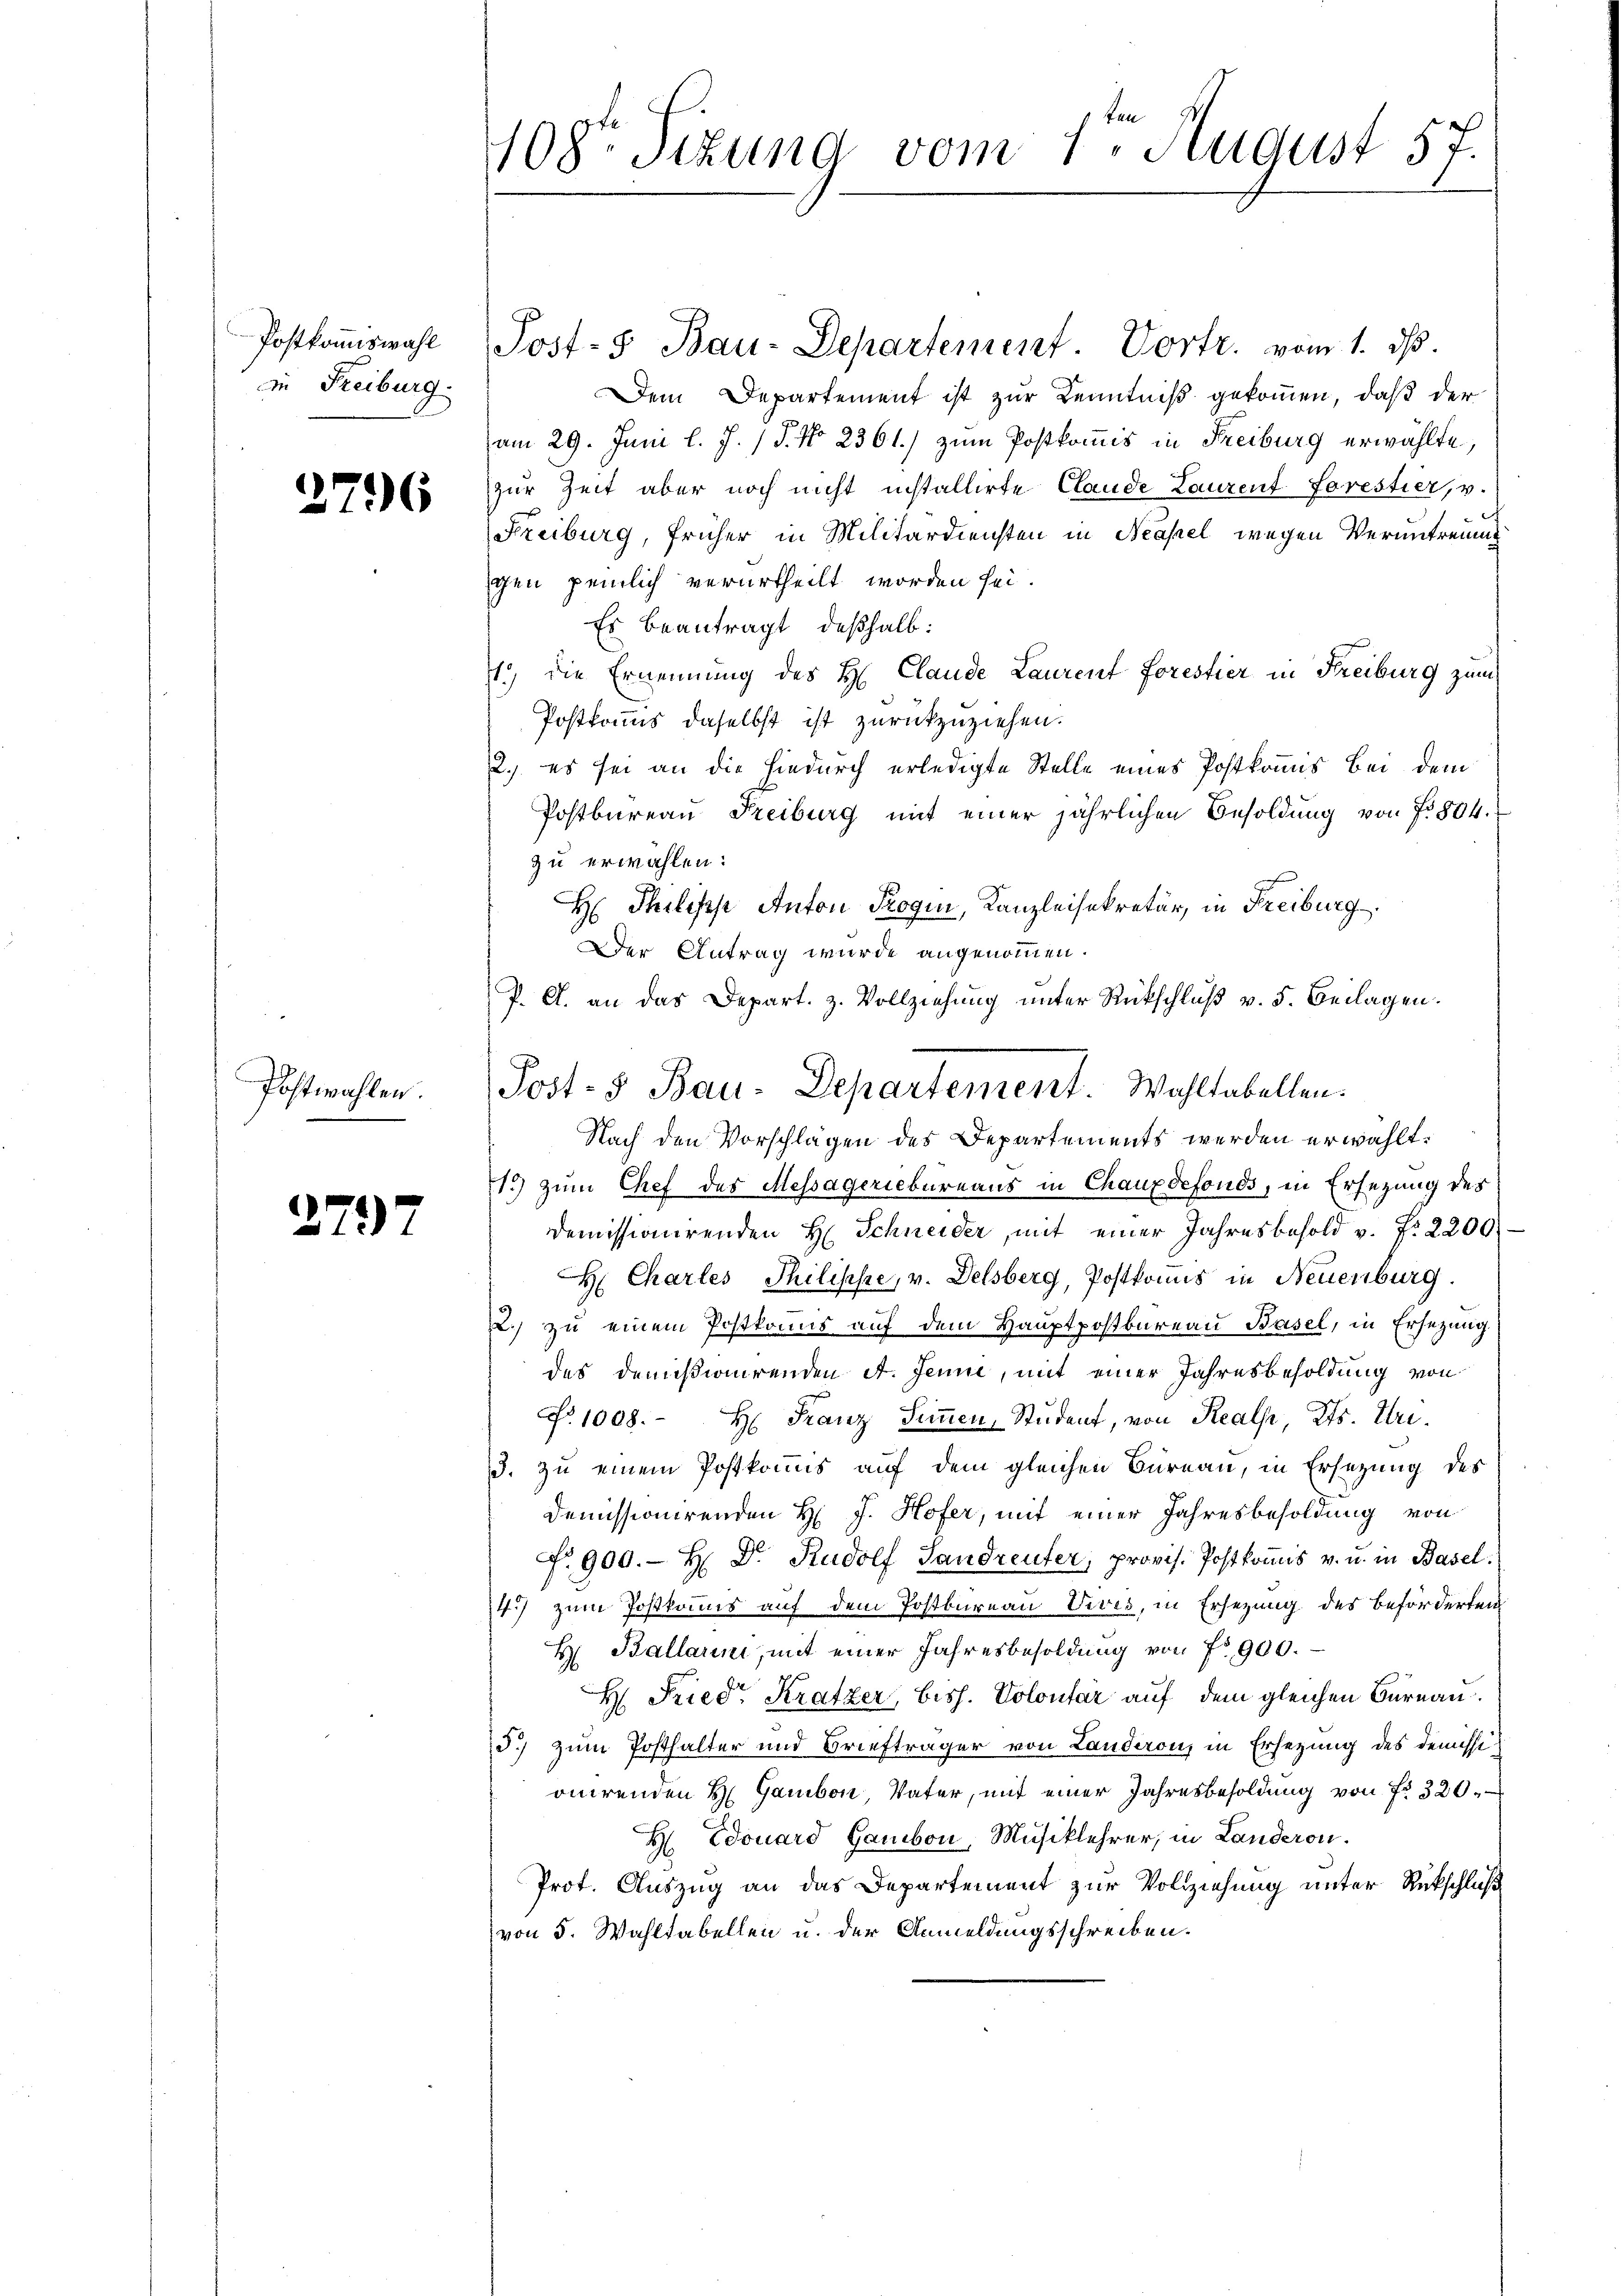
Postkommiswahl
in Freiburg.

2796

Postwahlen.

2797

108te Sizung vom 1. August 57.

Post- Bau-Departement. Vortr. vom 1. ds.
Dem Departement ist zur Kenntniß gekommen, daß der
am 29. Juni l. J. / 5. No 2361.) zum Postkommis in Freiburg erwählte,
zur Zeit aber noch nicht installirte Claude Lanzent forestier, v.
Freiburg, früher in Militärdiensten in Neapel wegen Veruntreund
gen peinlich verurtheilt worden sei.
Es beantragt, deßhalb:
1.) Die Ernennung des H. Claude Laurent forestier in Freiburg zum
Postkomms daselbst ist zurückzuziehen.
2. es sei an die hiedurch erledigte Stelle eines Postkommis Bei dem
Postbureau Freiburg mit einer jährlichen Besoldung von f. 504.
zu erwählen:
H Philische Anton Proqui, Kanzleisekretär, in Freiburg
Der Antrag wurde angenommen.
P. G. an das Depart. z. Vollziehung unter Rückschluß v. 5. Beilagen.
Nach den Vorschlägen des Departements werden erwählt.
1.) zum Chef des Messägeriebureaus in Chauxdefonds, in Ersezung des
demissionirenden H. Schneider, mit einer Jahresbesold v. Fr. 2200
H Chartes Philische, v. Delsberg, Postkonis in Neuenburg.
2.) zu einem Postkonus auf dem Hauptpostkureau Basel, in Ersezung
des Demissionirenden et. Jenne, mit einer Jahresbesoldung von
No. 1008. H: Franz Simmen, Student, von Realp Kts. Tri¬
3. zu einem Postkommis auf dem gleichen Büreau, in Ersetzung des
Demissionirenden H. J. Hofer, mit einer Jahresbesoldung von
No. 900.- H. Dr. Rudolf Landreuter, provis. Postkommis v. u. in Basel.
4.) zum Postkomis auf dem Postbureau Vives, in Ersezung des beförderten
H. Ballauni, mit einer Jahresbesoldung von No 900.
H. Friedr Kratzer, biss. Volontar auf dem gleichen Bureau.
d.) zum Posthalter und Briefträger von Landeron, in Ersezung des Demissionirenden H. Gambon Vater, mit einer Jahresbesoldung von fr. 320.
H. Edouard Gambon, Musiklehrer, in Landeron.
Prot. Auszug an das Departement zur Vollziehung unter Rückschluß
von 5. Wahltabellen u. der Anmeldungsschreiben.

Post- & Bau-Departement. Wahltabellen.